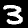
Label: 3